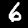
Label: 6